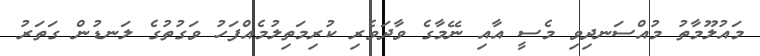
މައުލޫމާތު މުއްސަނދިވި މެސީ އާއި ނޭމާގެ ވާދަވެރި ކުރިމަތިލުމެއްފަހު ވަގުތުގެ ލަނޑުން ގަތަރު